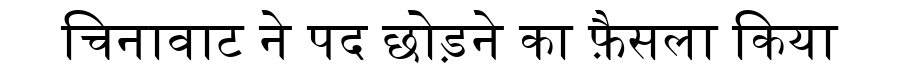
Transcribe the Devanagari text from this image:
चिनावाट ने पद छोड़ने का फ़ैसला किया